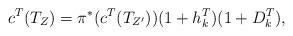
LaTeX: \begin{align*}c^T(T_Z) = \pi^*(c^T(T_{Z'})) (1+h_k^T)(1+D_k^T) \/,\end{align*}